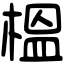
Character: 榲